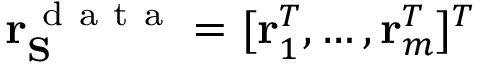
\mathbf { r } _ { \mathbf { S } } ^ { \mathrm { ~ d ~ a ~ t ~ a ~ } } = [ \mathbf { r } _ { 1 } ^ { T } , \hdots , \mathbf { r } _ { m } ^ { T } ] ^ { T }